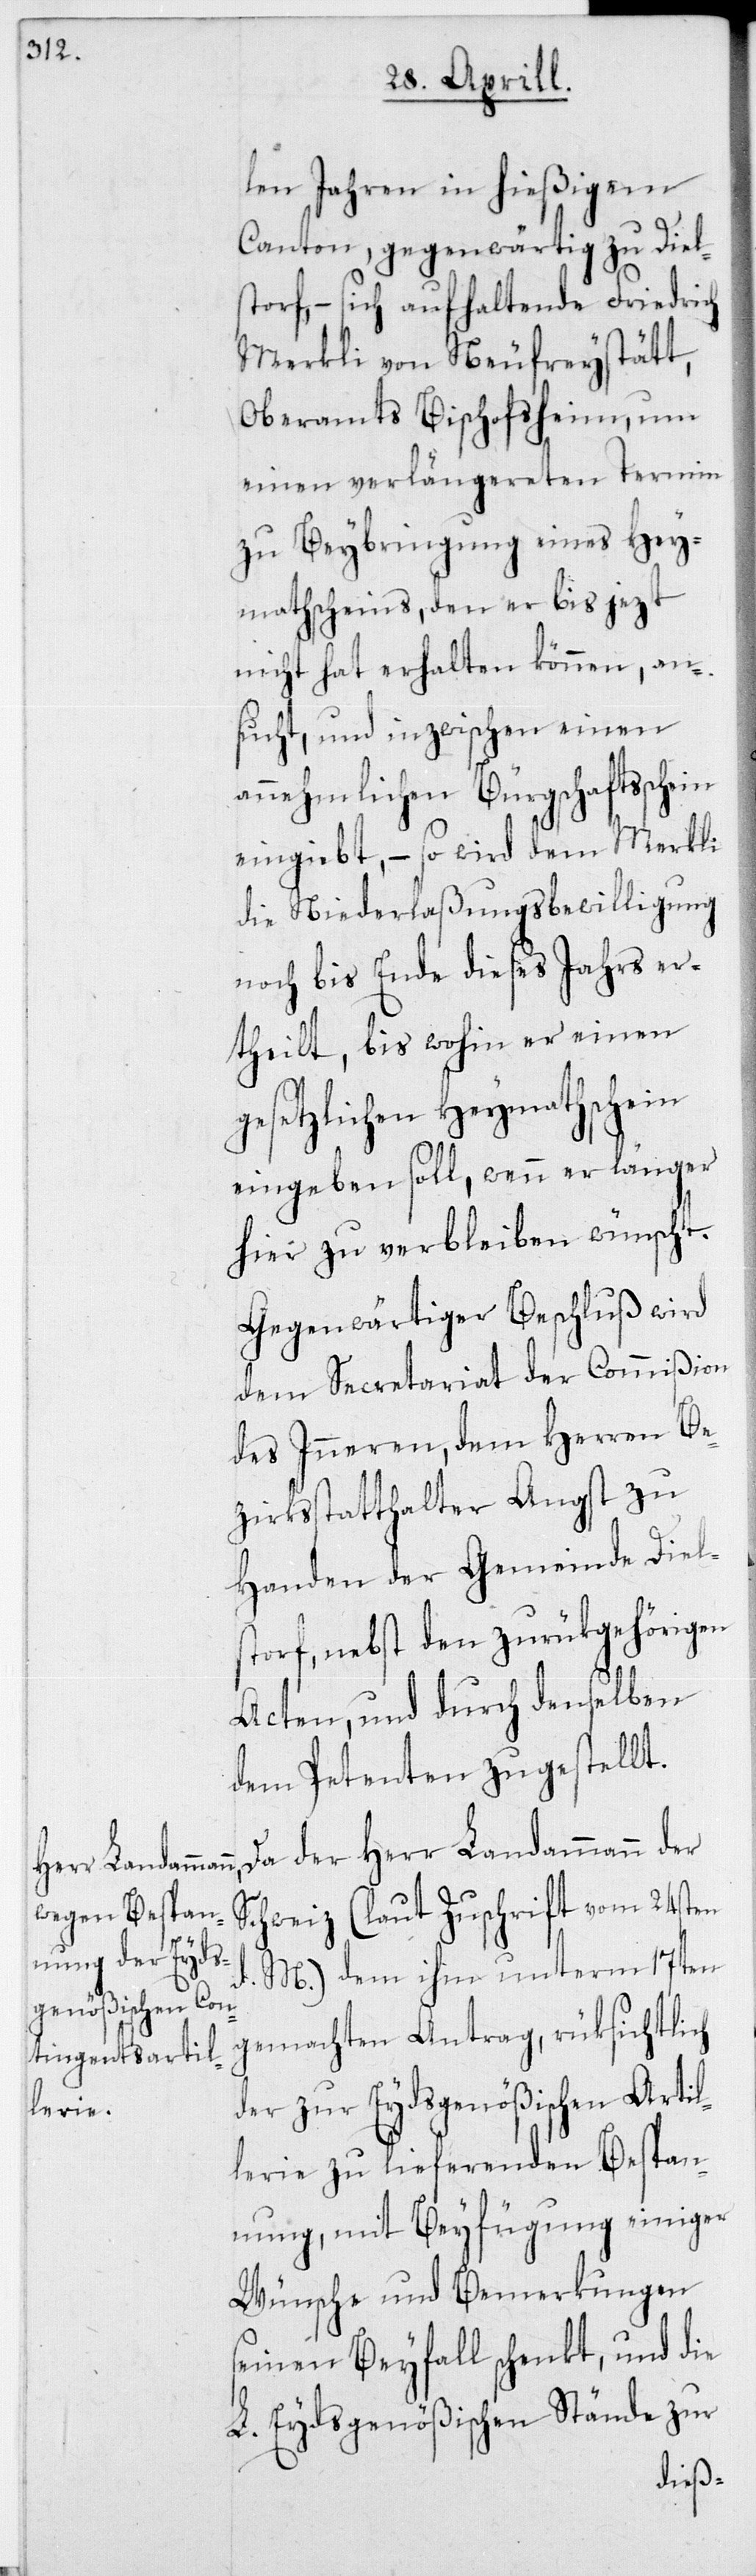
len Jahren in hießigem
Canton, gegenwärtig zu Diel¬
storf, – sich aufhaltende Friedrich
Merkli von Neufreystätt,
Oberamts Bischofsheim, um
einen verlängereten Termin
zu Beybringung eines Hey¬
mathscheins, den er bis jezt
nicht hat erhalten können, an¬
sucht, und inzwischen einen
annehmlichen Bürgschaftsschein
eingiebt, – so wird dem Merkli
die Niederlaßungsbewilligung
noch bis Ende dieses Jahrs er¬
theilt, bis wohin er einen
gesetzlichen Heymathschein
eingeben soll, wenn er länger
hier zu verbleiben wünscht.
Gegenwärtiger Beschluß wird
dem Secretariat der Commißion
des Inneren, dem Herren Be¬
zirksstatthalter Angst zu
Handen der Gemeinde Diel¬
storf, nebst den zurükgehörigen
Acten, und durch denselben
dem Petenten zugestellt.
Da der Herr Landammann der
Schweiz (laut Zuschrift vom 24sten
M.) dem ihm unterm 17ten
gemachten Antrag, rüksichtlich
der zur Eydsgenößischen Artil¬
lerie zu liefernden Bespan¬
nung, mit Beyfügung einiger
Wünsche und Bemerkungen
seinen Beyfall schenkt, und die
L. Eydsgenößischen Stände zur